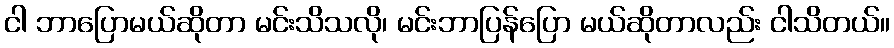
ငါ ဘာပြောမယ်ဆိုတာ မင်းသိသလို၊ မင်းဘာပြန်ပြော မယ်ဆိုတာလည်း ငါသိတယ်။